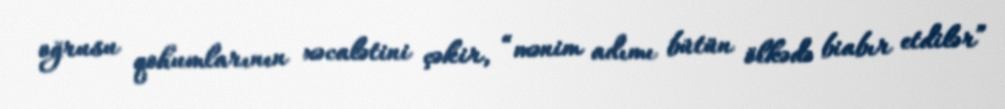
oğrusu qohumlarının xəcalətini çəkir, “mənim adımı bütün ölkədə biabır etdilər”